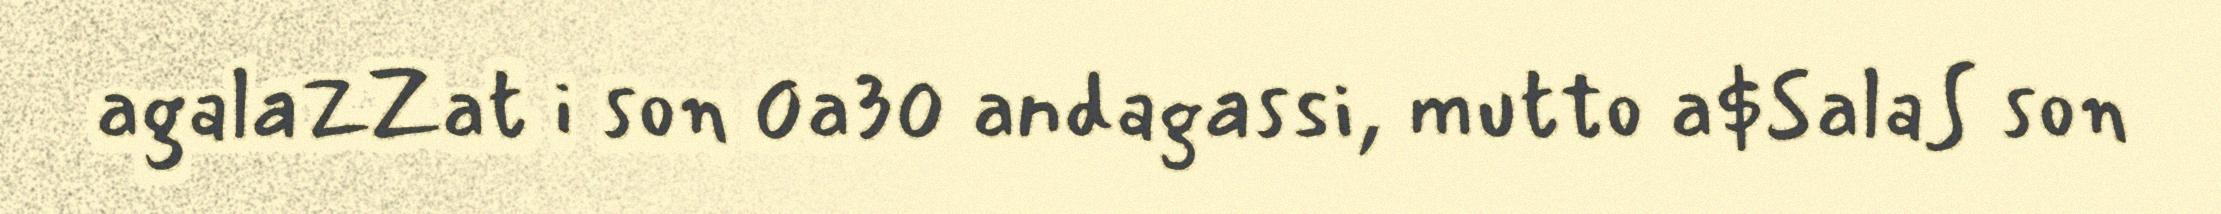
agalaZZat i son 0a30 andagassi, mutto a$SalaS son